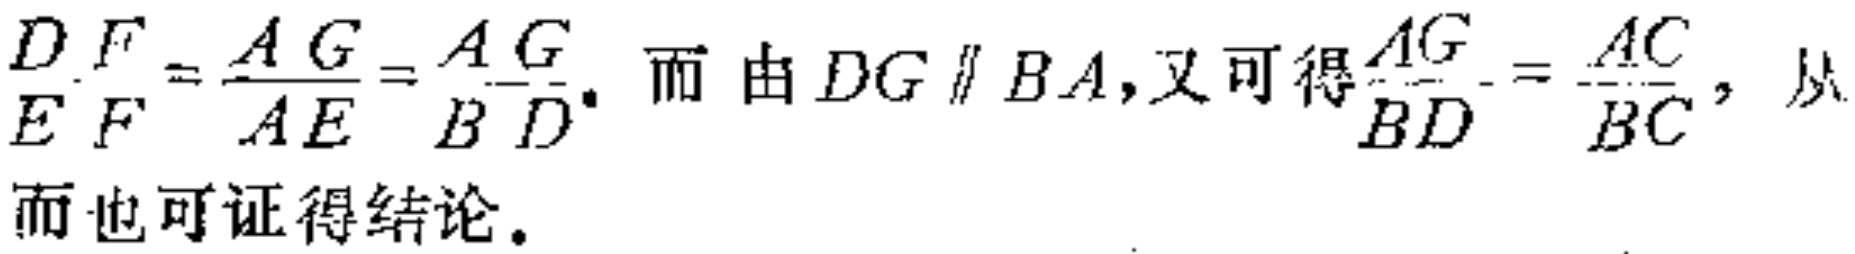
\(DF=\frac{AG}{AE}=\frac{AG}{BD}\). 而由 \(DG \parallel BA\), 又可得\(\frac{AG}{BD}=\frac{AC}{BC}\), 从而也可证得结论。